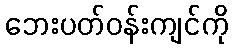
ဘေးပတ်ဝန်းကျင်ကို